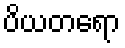
ပိယတရော